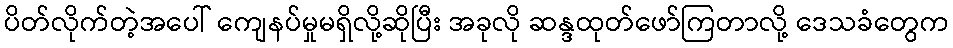
ပိတ်လိုက်တဲ့အပေါ် ကျေနပ်မှုမရှိလို့ဆိုပြီး အခုလို ဆန္ဒထုတ်ဖော်ကြတာလို့ ဒေသခံတွေက